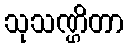
သုသဏ္ဌိတာ